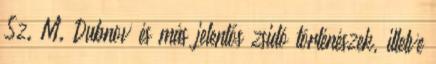
Sz. M. Dubnov és más jelentős zsidó történészek, illetve